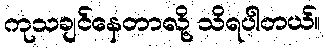
ကုသချင်နေတာလို့ သိရပါတယ်။